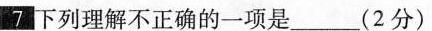
7下列理解不正确的一项是_(2分)